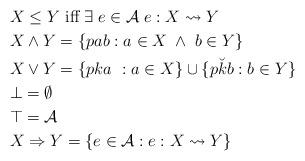
LaTeX: \begin{align*}& X\leq Y \mbox{ iff } \exists \; e\in \mathcal{A} \; e : X\leadsto Y \\& X \wedge Y = \{pab : a\in X \; \wedge \; b\in Y\} \\& X \vee Y = \{pka \ : a\in X\}\cup \{p\breve{k}b : b\in Y\} \\& \bot = \emptyset \\& \top = \mathcal{A} \\& X\Rightarrow Y = \{e\in \mathcal{A} : e:X\leadsto Y\} \end{align*}